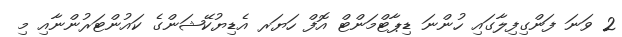
2 ވަނަ ފަންގިފިލާގައި ހުންނަ ޑިޕާޓްމަންޓް އޮފް ހަޔަރ އެޑިޔުކޭޝަންގެ ކައުންޓަރުންނާއި މި